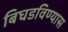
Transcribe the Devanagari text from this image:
बिघडविण्यास